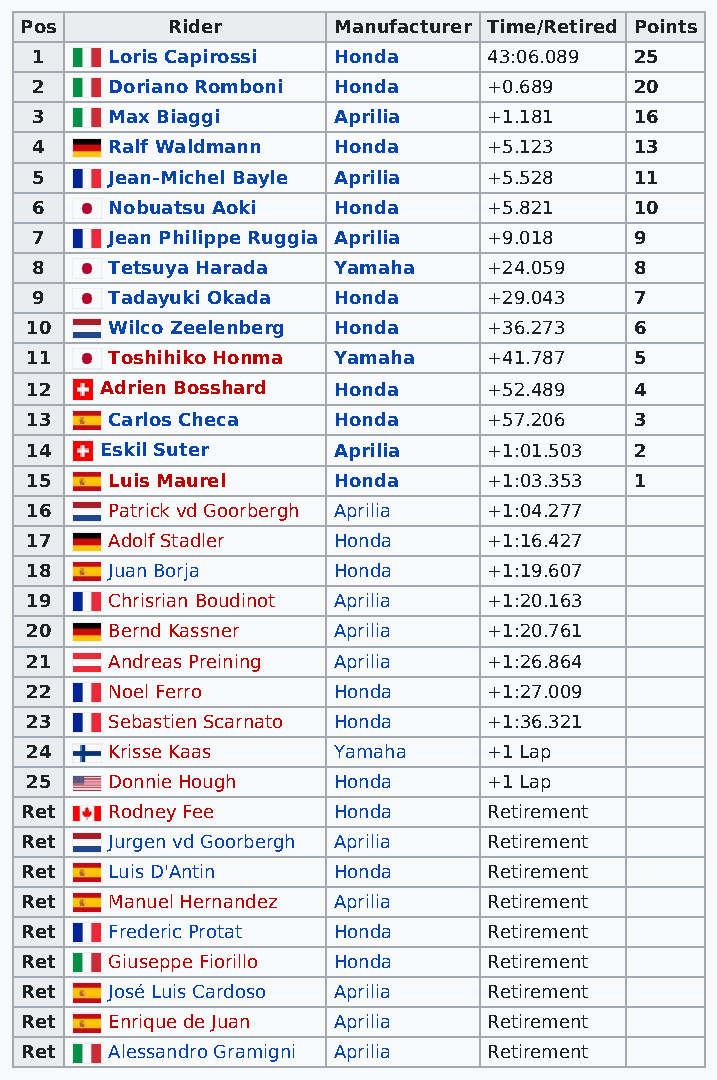
Pos       Rider      Manufacturer Time/Retired Points
 1    Loris Capirossi Honda    43:06.089 25
 2    Doriano Romboni Honda    +0.689    20
 3    Max Biaggi     Aprilia   +1.181    16
 4    Ralf Waldmann  Honda     +5.123    13
 5    Jean-Michel Bayle Aprilia +5.528   11
 6    Nobuatsu Aoki  Honda     +5.821    10
 7    Jean Philippe Ruggia Aprilia +9.018 9
 8    Tetsuya Harada Yamaha    +24.059   8
 9    Tadayuki Okada Honda     +29.043   7
 10   Wilco Zeelenberg Honda   +36.273   6
 11   Toshihiko Honma Yamaha   +41.787   5
 12   Adrien Bosshard Honda    +52.489   4
 13   Carlos Checa   Honda     +57.206   3
 14   Eskil Suter    Aprilia   +1:01.503 2
 15   Luis Maurel    Honda     +1:03.353 1
 16   Patrick vd Goorbergh Aprilia +1:04.277
 17   Adolf Stadler  Honda     +1:16.427
 18   Juan Borja     Honda     +1:19.607
 19   Chrisrian Boudinot Aprilia +1:20.163
 20   Bernd Kassner  Aprilia   +1:20.761
 21   Andreas Preining Aprilia +1:26.864
 22   Noel Ferro     Honda     +1:27.009
 23   Sebastien Scarnato Honda +1:36.321
 24   Krisse Kaas    Yamaha    +1 Lap
 25   Donnie Hough   Honda     +1 Lap
 Ret   Rodney Fee     Honda     Retirement
 Ret   Jurgen vd Goorbergh Aprilia Retirement
 Ret   Luis D'Antin   Honda     Retirement
 Ret   Manuel Hernandez Aprilia Retirement
 Ret   Frederic Protat Honda    Retirement
 Ret   Giuseppe Fiorillo Honda  Retirement
 Ret   José Luis Cardoso Aprilia Retirement
 Ret   Enrique de Juan Aprilia  Retirement
 Ret   Alessandro Gramigni Aprilia Retirement